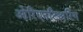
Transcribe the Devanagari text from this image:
ओरिएनटिअरिंग